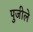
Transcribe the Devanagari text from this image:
पुजीले